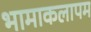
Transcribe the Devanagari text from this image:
भामाकलापम